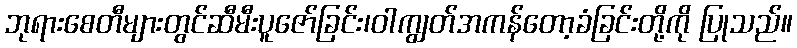
ဘုရားစေတီများတွင်ဆီမီးပူဇော်ခြင်း၊ဝါကျွတ်အကန်တော့ခံခြင်းတို့ကို ပြုသည်။